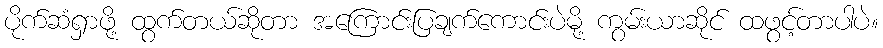
ပိုက်ဆံရှာဖို့ ထွက်တယ်ဆိုတာ အကြောင်းပြချက်ကောင်းပဲမို့ ကွမ်းယာဆိုင် ထဖွင့်တာပါပဲ။